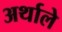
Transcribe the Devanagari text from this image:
अर्थाले